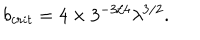
b _ { c r i t } = 4 \times 3 ^ { - 3 / 4 } \lambda ^ { 3 / 2 } .